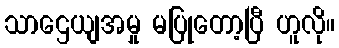
သာဌေယျအမှု မပြုတော့ပြီ ဟူလို။